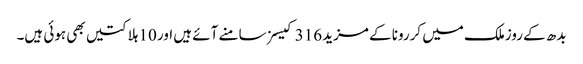
بدھ کے روزملک میں کررونا کے مزید 316 کیسز سامنے آئے ہیں اور 10 ہلاکتیں بھی ہوئی ہیں۔